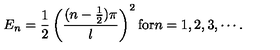
E _ { n } = \frac { 1 } { 2 } \left( \frac { ( n - \frac { 1 } { 2 } ) \pi } { l } \right) ^ { 2 } \mathrm { f o r } n = 1 , 2 , 3 , \cdots .